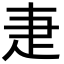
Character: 疌